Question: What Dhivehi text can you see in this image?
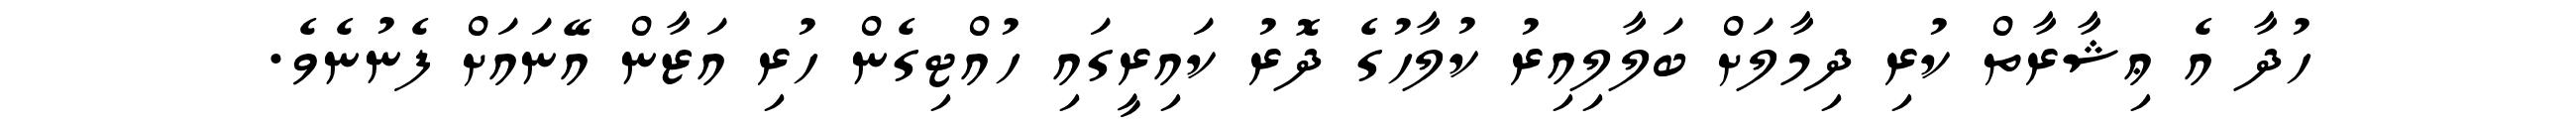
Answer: ހުދާ އެ ޢިޝާރާތް ކުރި ދިމާލަށް ބަލާލިއިރު ކުލާހުގެ ދޮރު ކައިރީގައި ހުއްޓިގެން ހުރި އަޒާން އޭނައަށް ފެނުނެވެ.